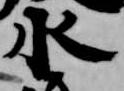
水